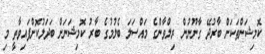
ކޮމިޝަންތަކަށް ބާރުދޭ ގާނޫނުން ރިލްވާންގެ މައްސަލަ ބެލުމުގެ ބާރު ކޮމިޝަނަށް ބަދަލުކޮށްފައިވާތީ މި